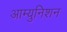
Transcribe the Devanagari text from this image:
आम्युनिशन